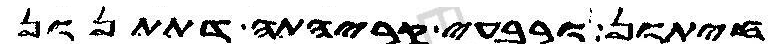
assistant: חיתון ורבעי קריהתה דתתנון